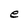
Character: e